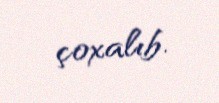
çoxalıb.